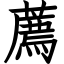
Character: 薦